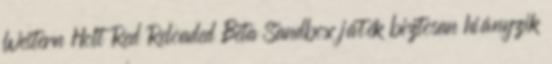
Western Holt Red Reloaded Beta Sandbox játék biztosan hiányzik